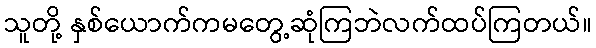
သူတို့ နှစ်ယောက်ကမတွေ့ဆုံကြဘဲလက်ထပ်ကြတယ်။